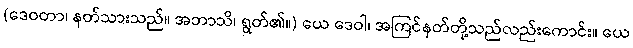
(ဒေဝတာ၊ နတ်သားသည်။ အဘာသိ၊ ရွတ်၏။) ယေ ဒေဝါ၊ အကြင်နတ်တို့သည်လည်းကောင်း။ ယေ